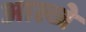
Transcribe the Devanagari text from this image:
आल्जे